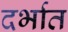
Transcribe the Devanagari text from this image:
दर्भात